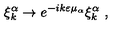
\xi _ { k } ^ { \alpha } \to e ^ { - i k \varepsilon \mu _ { \alpha } } \xi _ { k } ^ { \alpha } \ ,